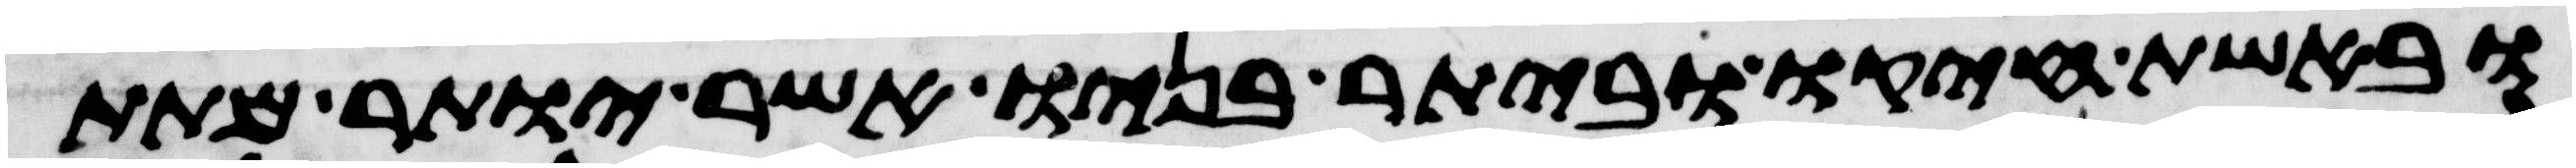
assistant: ובאשת חיקו וביתר בניו אשר יותר מתת